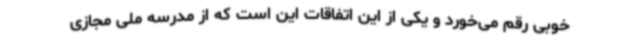
خوبی رقم می‌خورد و یکی از این اتفاقات این است که از مدرسه ملی مجازی